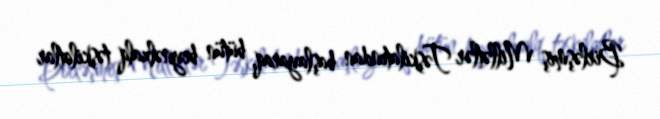
Birləşmiş Millətlər Təşkilatından başlayaraq, bütün beynəlxalq təşkilatlar